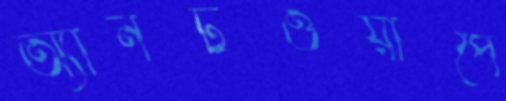
অ্যানটওয়ার্পে